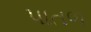
પાતળ